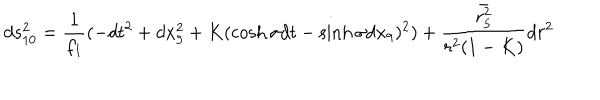
LaTeX: d s _ { 1 0 } ^ { 2 } = \frac { 1 } { f _ { 1 } } ( - d t ^ { 2 } + d x _ { 9 } ^ { 2 } + K ( \cosh \sigma d t - \sinh \sigma d x _ { 9 } ) ^ { 2 } ) + \frac { \bar { r _ { 5 } ^ { 2 } } } { r ^ { 2 } ( 1 - K ) } d r ^ { 2 }